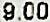
9.00